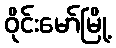
ဝိုင်းမော်မြို့